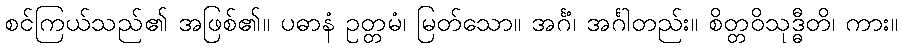
စင်ကြယ်သည်၏ အဖြစ်၏။ ပဓာနံ ဥတ္တမံ၊ မြတ်သော။ အင်္ဂံ၊ အင်္ဂါတည်း။ စိတ္တဝိသုဒ္ဓီတိ၊ ကား။